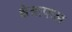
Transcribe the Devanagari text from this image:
क्षेत्राफल